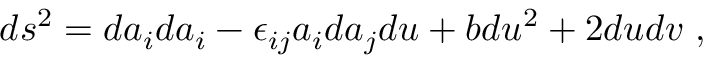
d s ^ { 2 } = d a _ { i } d a _ { i } - \epsilon _ { i j } a _ { i } d a _ { j } d u + b d u ^ { 2 } + 2 d u d v ~ ,